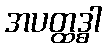
အပတ္ထဒ္ဓါ